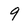
Character: 9